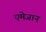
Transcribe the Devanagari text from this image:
एमेजान